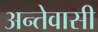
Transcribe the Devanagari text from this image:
अन्तेवासी